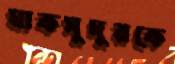
মাকসুদুরকে